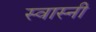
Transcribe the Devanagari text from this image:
स्वास्नी